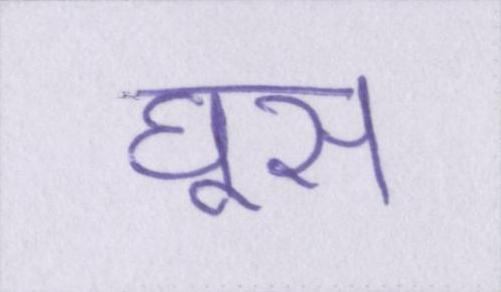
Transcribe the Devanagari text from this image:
घूस